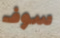
سوف